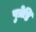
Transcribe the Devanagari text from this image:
पुत्रेष्ठि